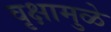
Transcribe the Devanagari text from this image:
वृक्षामुळे